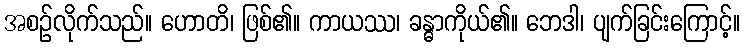
အစဉ်လိုက်သည်။ ဟောတိ၊ ဖြစ်၏။ ကာယဿ၊ ခန္ဓာကိုယ်၏။ ဘေဒါ၊ ပျက်ခြင်းကြောင့်။